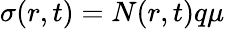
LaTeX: \sigma(r,t)=N(r,t)q\mu